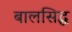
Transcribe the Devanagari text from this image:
बालसिद्ध